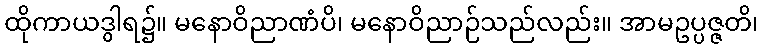
ထိုကာယဒွါရ၌။ မနောဝိညာဏံပိ၊ မနောဝိညာဉ်သည်လည်း။ အာမဥပ္ပဇ္ဇတိ၊